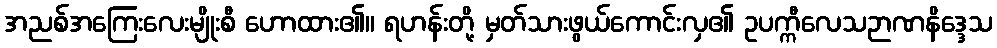
အညစ်အကြေးလေးမျိုးစီ ဟောထား၏။ ရဟန်းတို့ မှတ်သားဖွယ်ကောင်းလှ၏ ဥပက္ကီလေသဉာဏနိဒ္ဒေသ